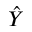
\hat { Y }